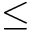
\leq